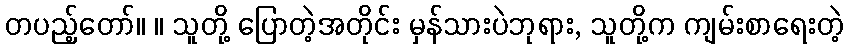
တပည့်တော်။ ။ သူတို့ ပြောတဲ့အတိုင်း မှန်သားပဲဘုရား, သူတို့က ကျမ်းစာရေးတဲ့